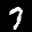
Label: 7